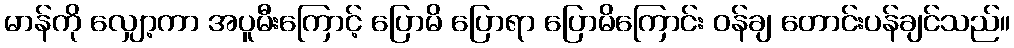
မာန်ကို လျှော့ကာ အပူမီးကြောင့် ပြောမိ ပြောရာ ပြောမိကြောင်း ဝန်ချ တောင်းပန်ချင်သည်။